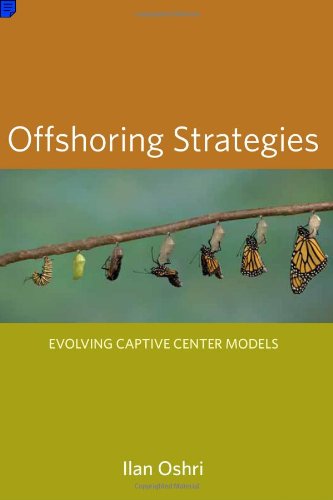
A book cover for Offshoring Strategies: Evolving Captive Center Models; Ilan Oshri; Business & Money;